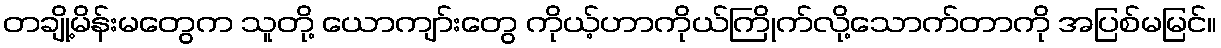
တချို့မိန်းမတွေက သူတို့ ယောကျာ်းတွေ ကိုယ့်ဟာကိုယ်ကြိုက်လို့သောက်တာကို အပြစ်မမြင်။